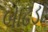
બાઢડા